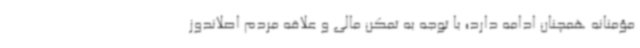
مؤمنانه همچنان ادامه دارد؛ با توجه به تمکن مالی و علاقه مردم اصلاندوز